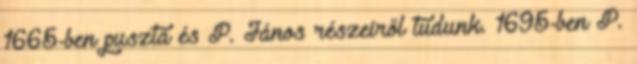
1665-ben puszta és P. János részeiről tudunk. 1695-ben P.